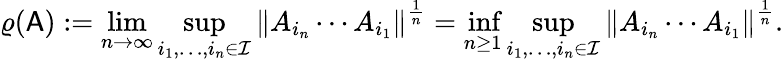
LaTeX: \varrho(\mathsf{A}):=\operatorname*{lim}_{n\to\infty}\operatorname*{sup}_{i_{1},\ldots,i_{n}\in\mathcal{I}}\left\| A_{i_{n}}\cdots A_{i_{1}}\right\| ^{\frac{1}{n}}=\operatorname*{inf}_{n\geq 1}\operatorname*{sup}_{i_{1},\ldots,i_{n}\in\mathcal{I}}\left\| A_{i_{n}}\cdots A_{i_{1}}\right\| ^{\frac{1}{n}}.